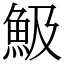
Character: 魥